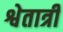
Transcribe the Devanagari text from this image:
श्वेतात्री